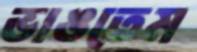
ভাঙতেম